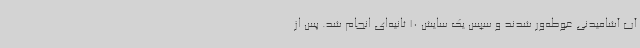
آب آشامیدنی غوطه‌ور شدند و سپس یک سایش 10 ثانیه‌ای انجام شد. پس از